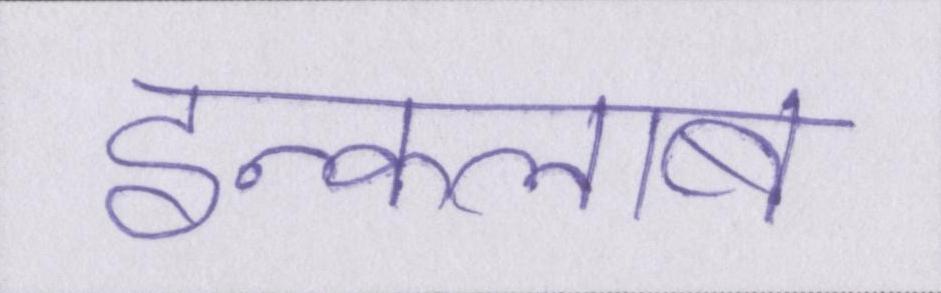
इन्कलाब